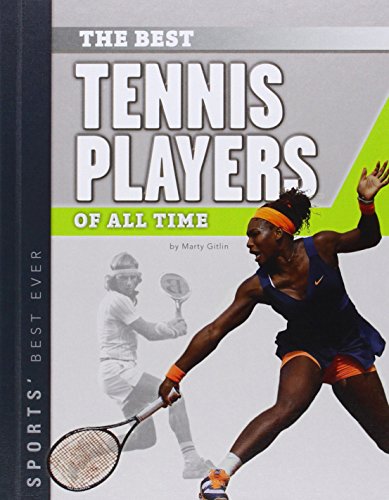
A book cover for Best Tennis Players of All Time (Sports' Best Ever); Marty Gitlin; Children's Books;